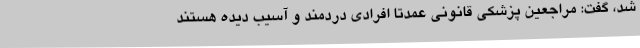
شد، گفت: مراجعین پزشکی قانونی عمدتا افرادی دردمند و آسیب دیده هستند